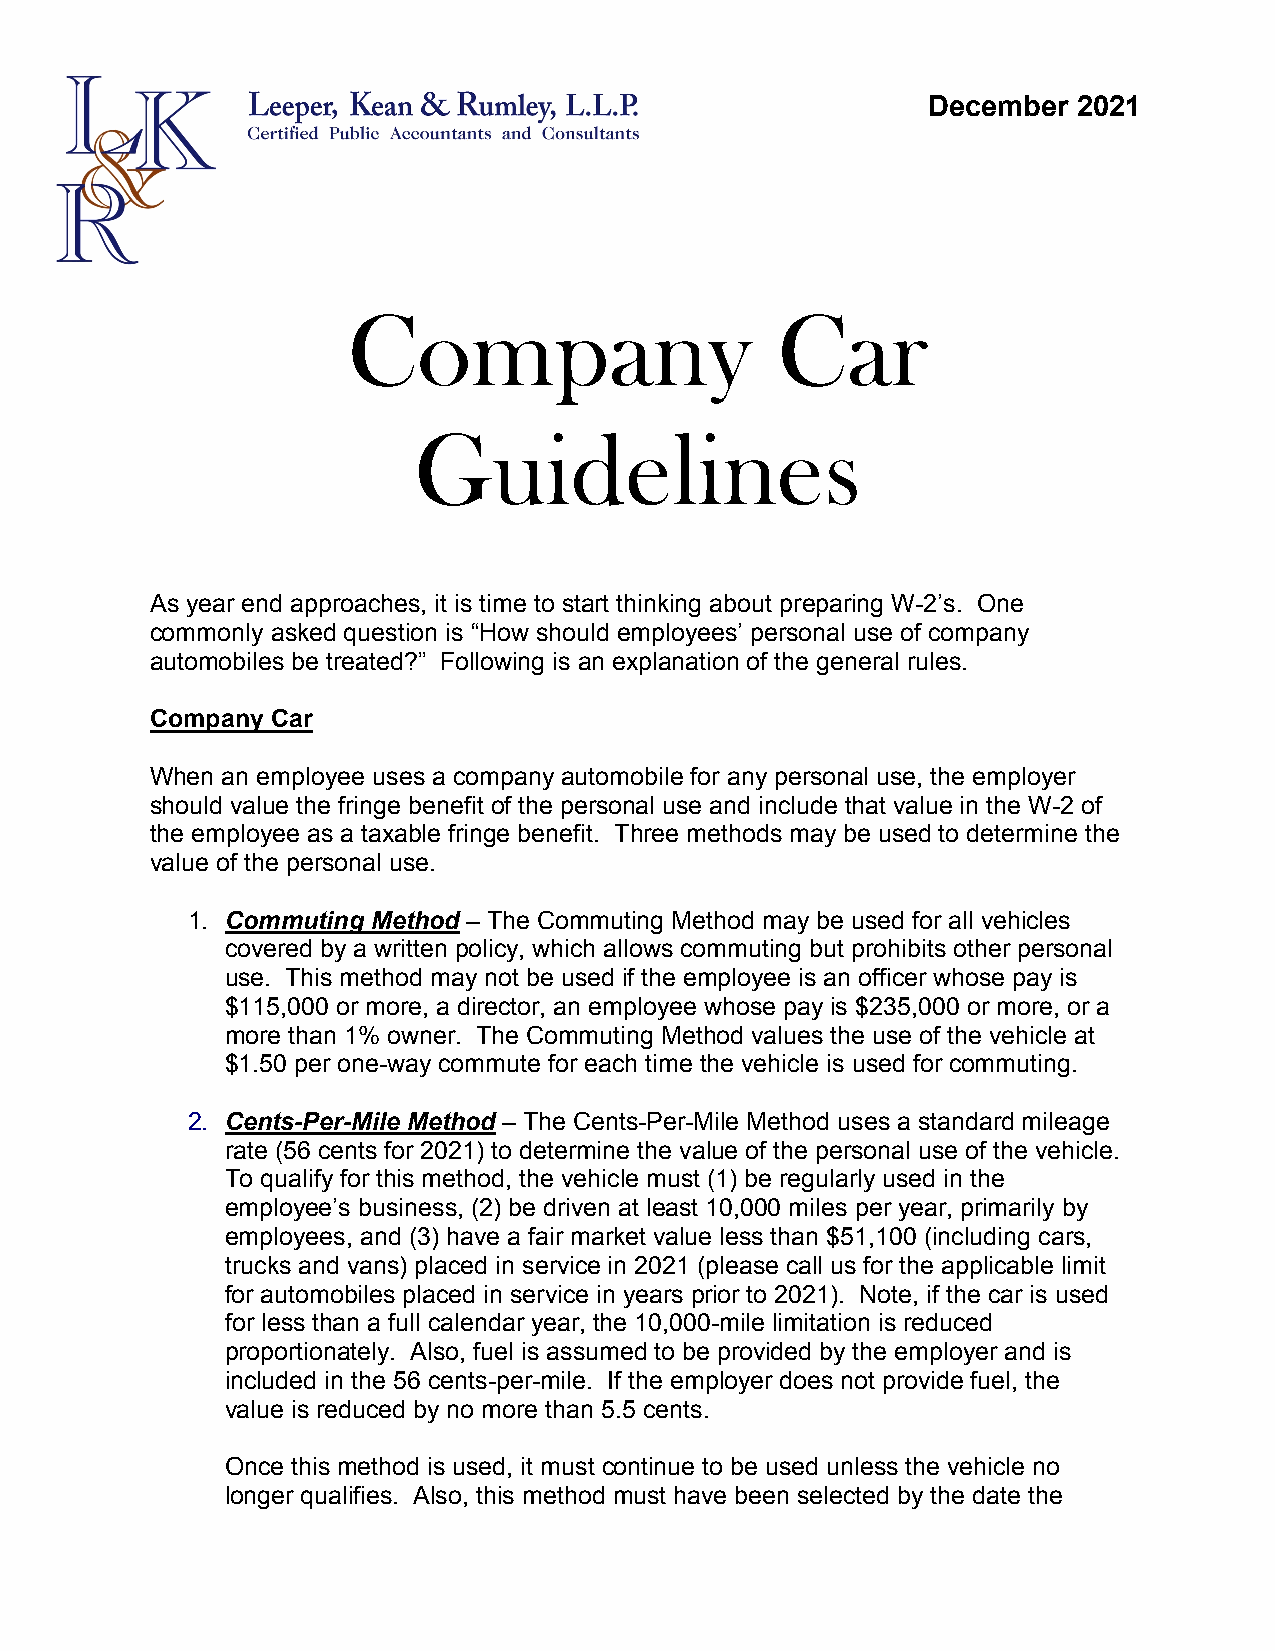
December  2021
 Company                     Car
 Guidelines
 As year end approaches, it is time to start thinking about preparing W-2’s. One
 commonly asked question is “How should employees’ personal use of company
 automobiles be treated?” Following is an explanation of the general rules.
 Company Car
 When an employee uses a company automobile for any personal use, the employer
 should value the fringe benefit of the personal use and include that value in the W-2 of
 the employee as a taxable fringe benefit. Three methods may be used to determine the
 value of the personal use.
 1. Commuting Method – The Commuting Method may be used for all vehicles
 covered by a written policy, which allows commuting but prohibits other personal
 use. This method may not be used if the employee is an officer whose pay is
 $115,000 or more, a director, an employee whose pay is $235,000 or more, or a
 more than 1% owner. The Commuting Method values the use of the vehicle at
 $1.50 per one-way commute for each time the vehicle is used for commuting.
 2. Cents-Per-Mile Method – The Cents-Per-Mile Method uses a standard mileage
 rate (56 cents for 2021) to determine the value of the personal use of the vehicle.
 To qualify for this method, the vehicle must (1) be regularly used in the
 employee’s business, (2) be driven at least 10,000 miles per year, primarily by
 employees, and (3) have a fair market value less than $51,100 (including cars,
 trucks and vans) placed in service in 2021 (please call us for the applicable limit
 for automobiles placed in service in years prior to 2021). Note, if the car is used
 for less than a full calendar year, the 10,000-mile limitation is reduced
 proportionately. Also, fuel is assumed to be provided by the employer and is
 included in the 56 cents-per-mile. If the employer does not provide fuel, the
 value is reduced by no more than 5.5 cents.
 Once this method is used, it must continue to be used unless the vehicle no
 longer qualifies. Also, this method must have been selected by the date the